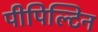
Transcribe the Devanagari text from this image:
पीपिल्टिन